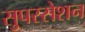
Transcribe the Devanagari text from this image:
सुपरसेशन